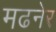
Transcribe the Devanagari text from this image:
मढनेर